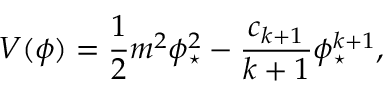
V ( \phi ) = \frac { 1 } { 2 } m ^ { 2 } \phi _ { \star } ^ { 2 } - \frac { c _ { k + 1 } } { k + 1 } \phi _ { \star } ^ { k + 1 } ,